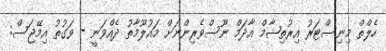
ހެލްތް މިނިސްޓަރު އިރުތިޝާމް އާދަމް ނޫސްވެރިންނަށް މައުލޫމާތު ދެއްވަނީ - ވަގުތު އިމޭޖަސް: